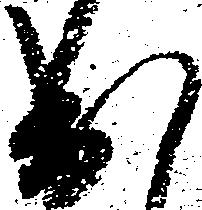
出